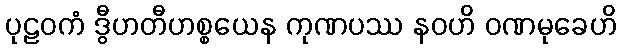
ပုဠဝကံ ဒွီဟတီဟစ္စယေန ကုဏပဿ နဝဟိ ဝဏမုခေဟိ